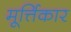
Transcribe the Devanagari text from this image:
मूर्त्तिकार